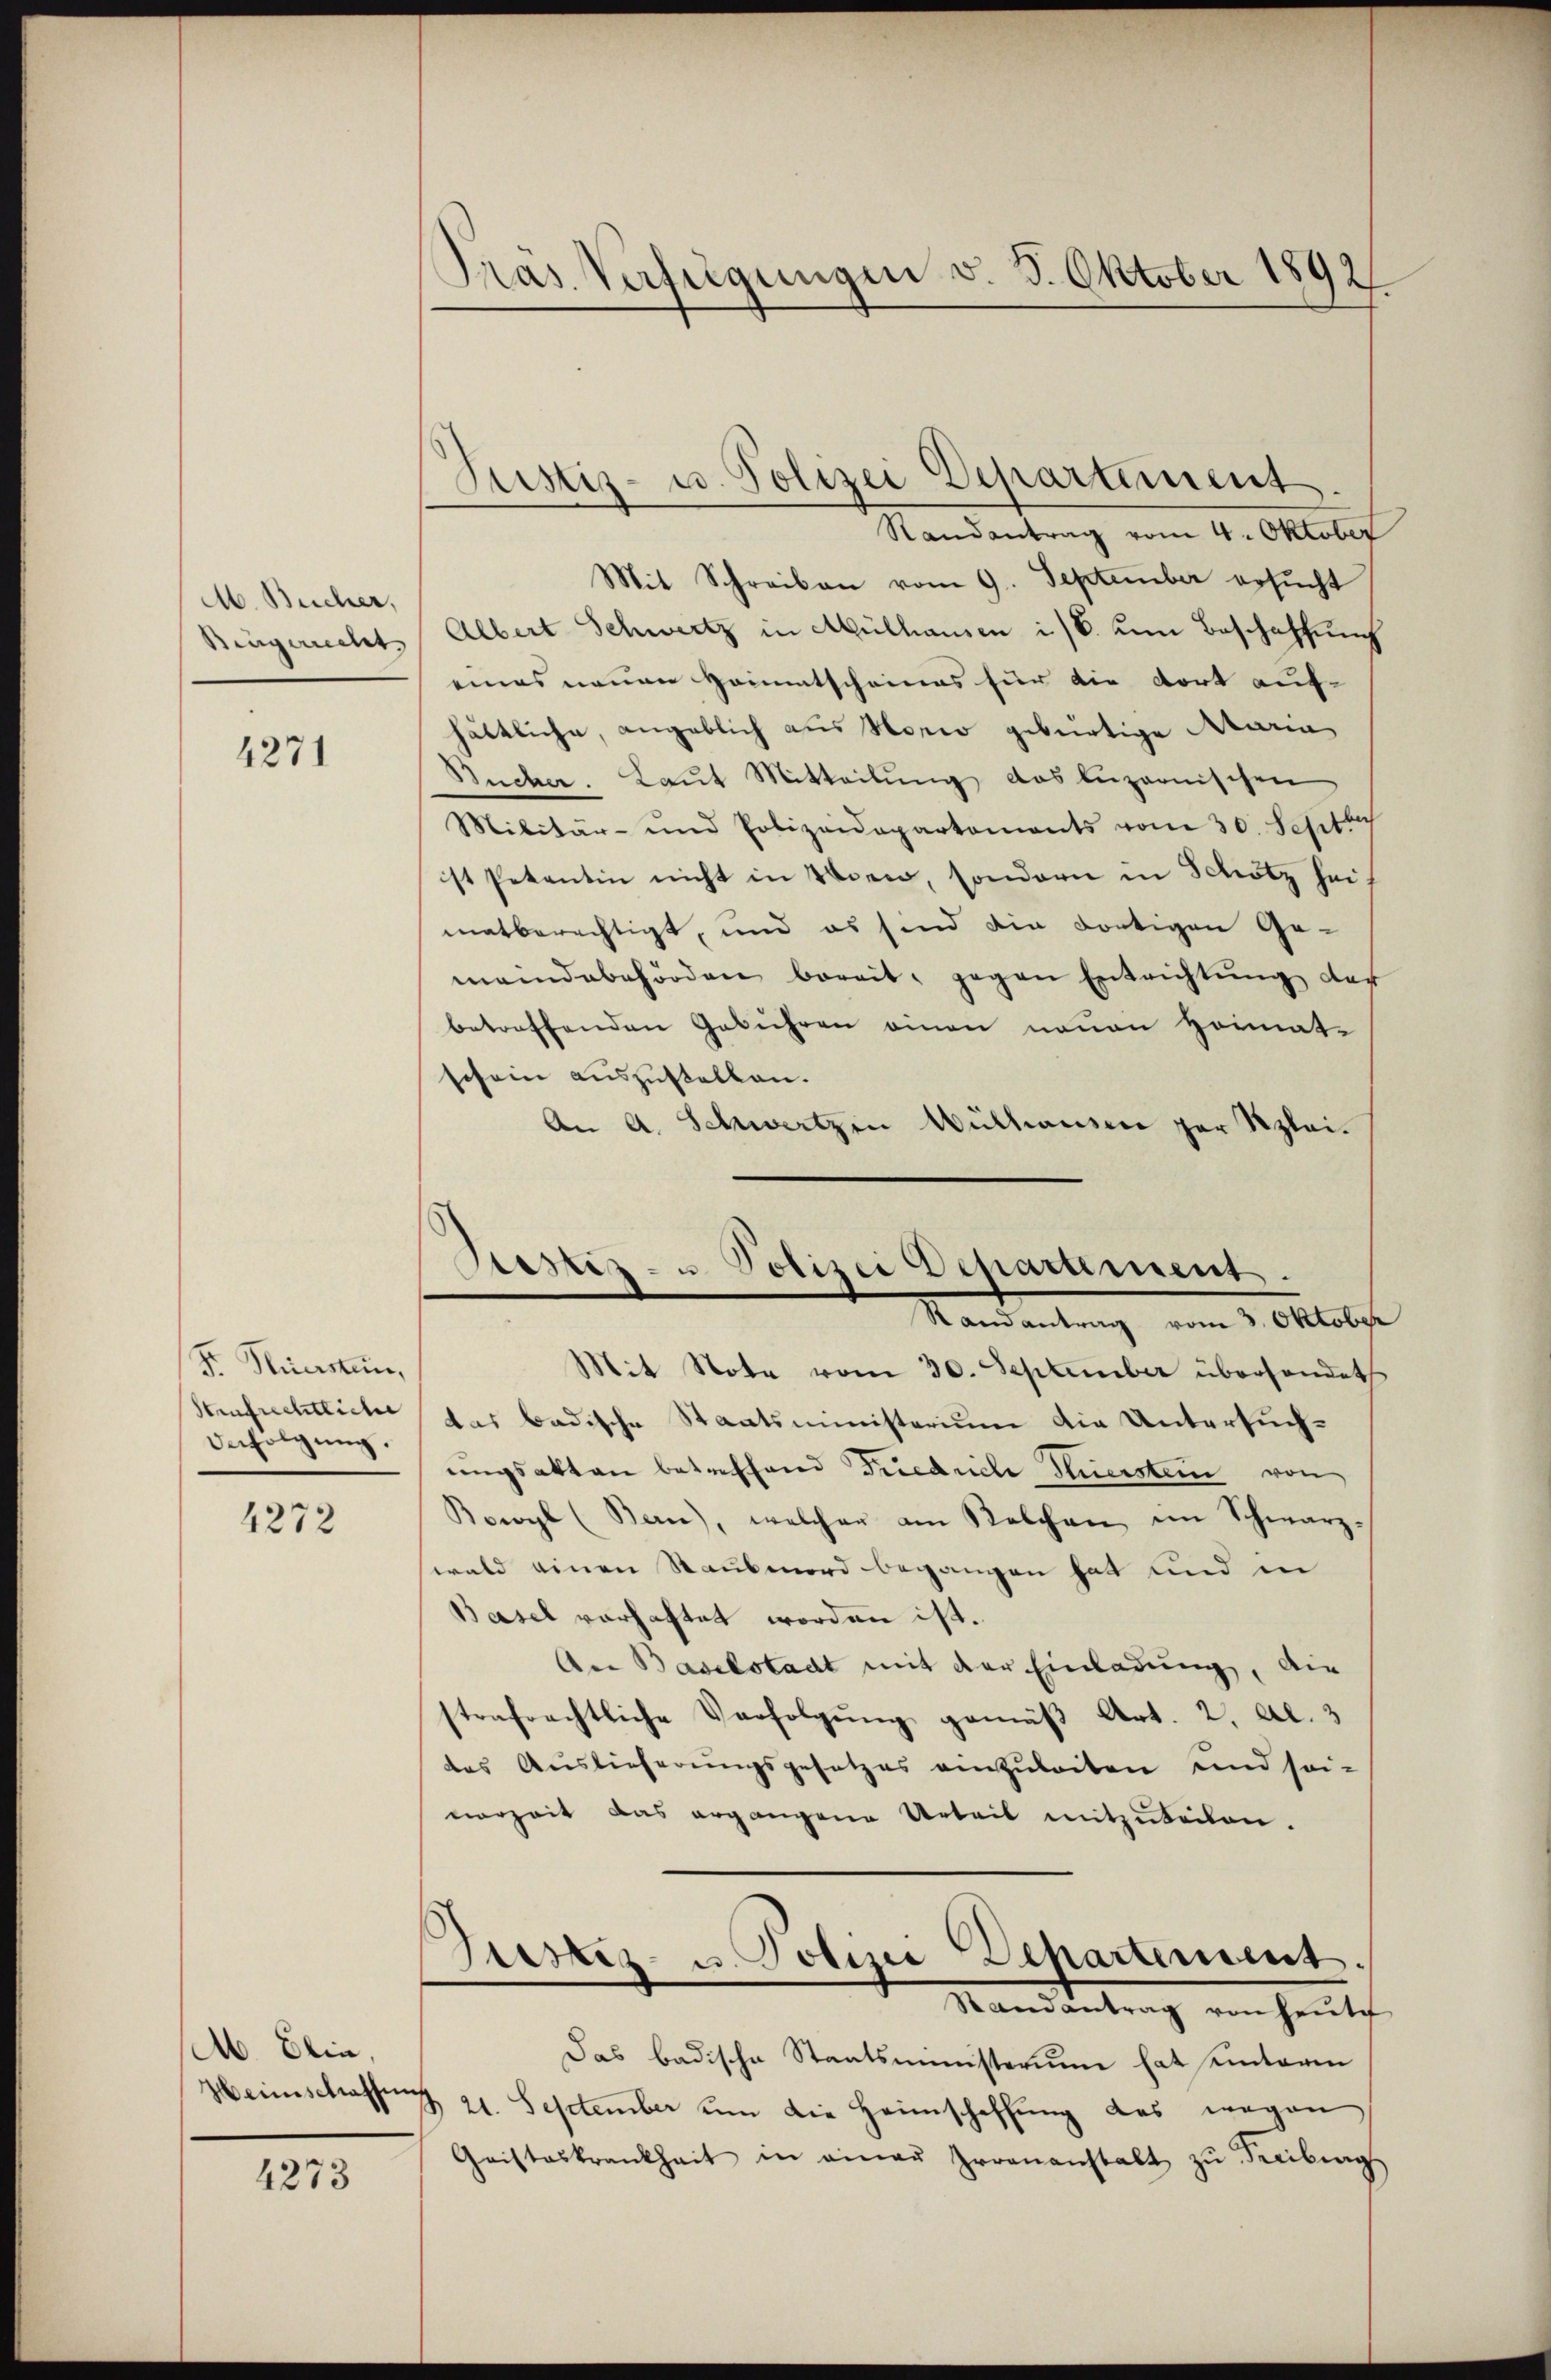
M. Bucher,
Bingerrecht

4271

Fr. Hiersten,
Aufrechtliche
Befolgung.

4272

Ab. Elia

4273

Pras Verfügungen v. 3. Oktober 1892/

Justiz- u. Polizei Departement

Randantrag vom 4. Oktober
Mit Schreiben vom 9. September ersŭcht
Albert Schwertz in Mülhausen i/B. um Beschaffung
eines neuen Heimatscheines für die dort auf-
hältliche, angeblich aus Norio gebürtige Maria
Bücher. Laŭt Mitteilŭng das luzernischen
Militär- und Polizeidepartements vom 30. Septe
ist Petentin nicht in Aber, sondern in Schötz sei
matberechtigt, und es sind die dortigen Ge-
meindebehörden bereit, gegen Entrichtŭng des
betreffenden Gebühren einen neuen Heimat-
schein auszustellen.
An A. Schwertzen Wüthausen zur Klei¬

Sistiz- u Polizei Departement.
Randantrag vom 3. Oktober

Mit Note vom 30. September überhandet
das badische Staatsministerium die Untersuchŭngsakten betreffend Friedrich Huerstein von
Bowyl (Bern), welcher am Kelchen im Schwarz-
wald einen Raubmord begangen hat und in
Basel vorhaftet worden ist.
An Baselstadt mit der Einladung, die
strafrechtliche Verfolgŭng gemäβ Art. 2, Al. 3
das Auslieferungsgesetzes einzuleiten und sei-
vorzeit das ergangene Urteil mitzŭteilen.
Grestiz- u. Polizei Departement.
Mandantrag von Hants.
Das badische Staatsministerium hat unteren
Heimschlassung 21. September um die Heimschaffung das wegen
Gristeskrankheit in einer Irrenanstalt zŭ Freibung